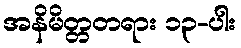
အနိမိတ္တတရား ၁၃-ပါး